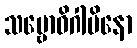
သမ္ဗောဓိဂါမိနော